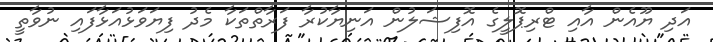
އަދި ޔޫއެން އާއި ޓްރިޕޮލީގެ އޮފިޝަލުން އަނިޔާކުރާ ފަރާތްތަކާ މެދު ފިޔަވަޅުއަޅާފައި ނުވާތީ